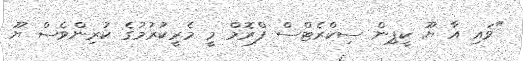
"ވައި އާ ޔޫ ކީޕިން ސިކްރެޓްސް ފްރޮމް މީ މެރީކުރުމުގެ ކުރިންވެސް ޔޫ